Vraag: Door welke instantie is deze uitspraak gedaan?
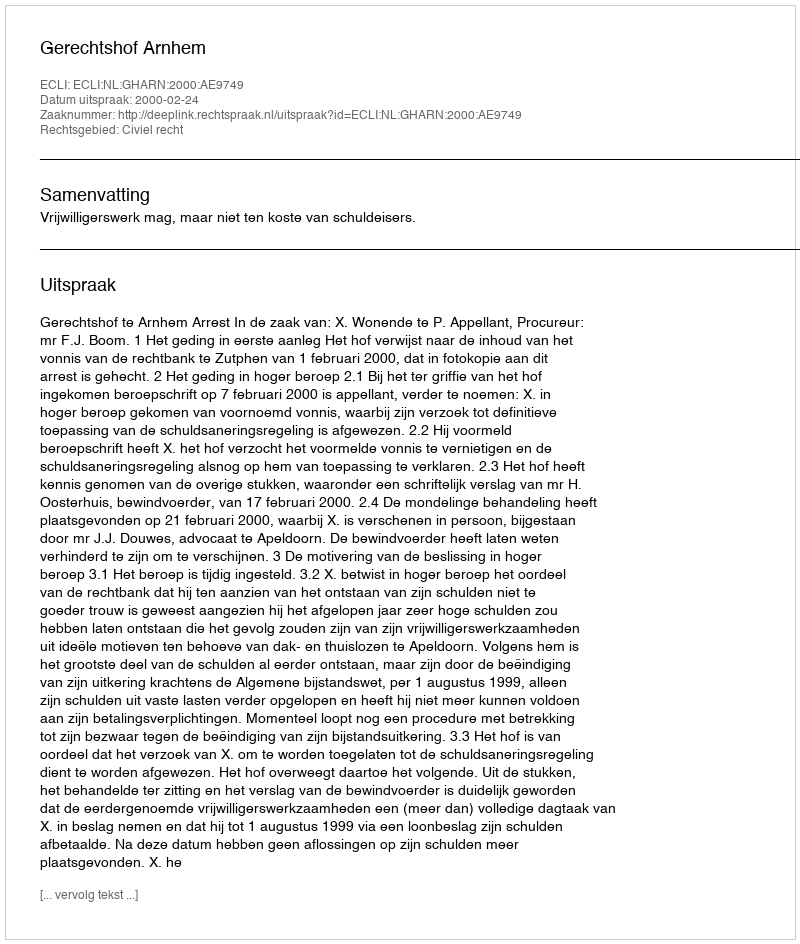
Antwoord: Gerechtshof Arnhem